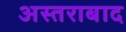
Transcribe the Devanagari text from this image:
अस्तराबाद